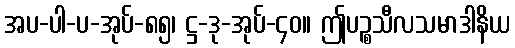
အပ-ပါ-ပ-အုပ်-၈၅၊ ဋ္ဌ-ဒု-အုပ်-၄၀။ ဤပဉ္စသီလသမာဒါနိယ